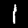
Label: 1